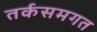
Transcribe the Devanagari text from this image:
तर्कसमगत